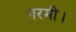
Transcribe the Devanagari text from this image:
गरमी।